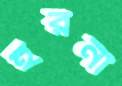
হরনী